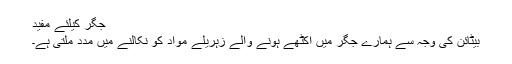
جگر کیلئے مفید
بیٹائن کی وجہ سے ہمارے جگر میں اکٹھے ہونے والے زہریلے مواد کو نکالنے میں مدد ملتی ہے۔